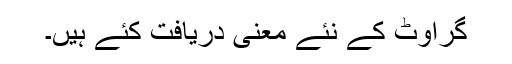
گراوٹ کے نئے معنی دریافت کئے ہیں۔